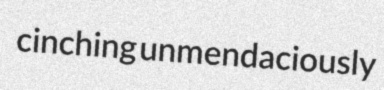
cinching unmendaciously